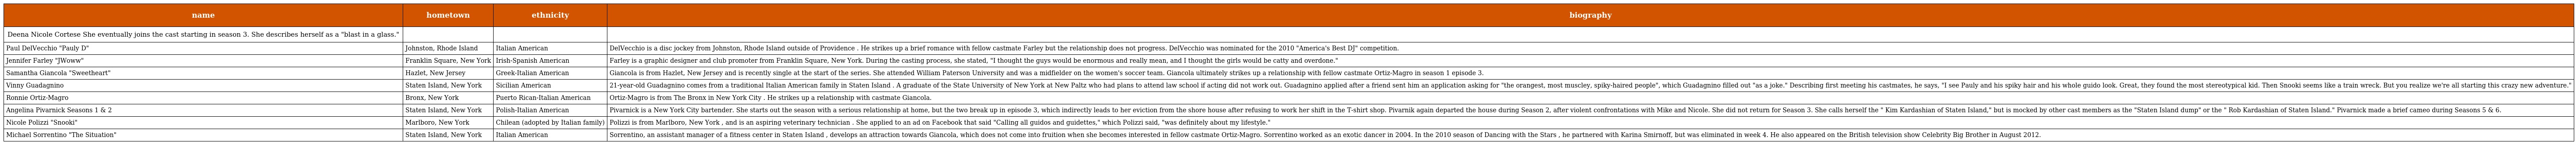
| name | hometown | ethnicity | biography |
 | --- | --- | --- | --- |
 | Deena Nicole Cortese She eventually joins the cast starting in season 3. She describes herself as a "blast in a glass." |  |  |  |
 | Paul DelVecchio "Pauly D" | Johnston, Rhode Island | Italian American | DelVecchio is a disc jockey from Johnston, Rhode Island outside of Providence . He strikes up a brief romance with fellow castmate Farley but the relationship does not progress. DelVecchio was nominated for the 2010 "America's Best DJ" competition. |
 | Jennifer Farley "JWoww" | Franklin Square, New York | Irish-Spanish American | Farley is a graphic designer and club promoter from Franklin Square, New York. During the casting process, she stated, "I thought the guys would be enormous and really mean, and I thought the girls would be catty and overdone." |
 | Samantha Giancola "Sweetheart" | Hazlet, New Jersey | Greek-Italian American | Giancola is from Hazlet, New Jersey and is recently single at the start of the series. She attended William Paterson University and was a midfielder on the women's soccer team. Giancola ultimately strikes up a relationship with fellow castmate Ortiz-Magro in season 1 episode 3. |
 | Vinny Guadagnino | Staten Island, New York | Sicilian American | 21-year-old Guadagnino comes from a traditional Italian American family in Staten Island . A graduate of the State University of New York at New Paltz who had plans to attend law school if acting did not work out. Guadagnino applied after a friend sent him an application asking for "the orangest, most muscley, spiky-haired people", which Guadagnino filled out "as a joke." Describing first meeting his castmates, he says, "I see Pauly and his spiky hair and his whole guido look. Great, they found the most stereotypical kid. Then Snooki seems like a train wreck. But you realize we're all starting this crazy new adventure." |
 | Ronnie Ortiz-Magro | Bronx, New York | Puerto Rican-Italian American | Ortiz-Magro is from The Bronx in New York City . He strikes up a relationship with castmate Giancola. |
 | Angelina Pivarnick Seasons 1 & 2 | Staten Island, New York | Polish-Italian American | Pivarnick is a New York City bartender. She starts out the season with a serious relationship at home, but the two break up in episode 3, which indirectly leads to her eviction from the shore house after refusing to work her shift in the T-shirt shop. Pivarnik again departed the house during Season 2, after violent confrontations with Mike and Nicole. She did not return for Season 3. She calls herself the " Kim Kardashian of Staten Island," but is mocked by other cast members as the "Staten Island dump" or the " Rob Kardashian of Staten Island." Pivarnick made a brief cameo during Seasons 5 & 6. |
 | Nicole Polizzi "Snooki" | Marlboro, New York | Chilean (adopted by Italian family) | Polizzi is from Marlboro, New York , and is an aspiring veterinary technician . She applied to an ad on Facebook that said "Calling all guidos and guidettes," which Polizzi said, "was definitely about my lifestyle." |
 | Michael Sorrentino "The Situation" | Staten Island, New York | Italian American | Sorrentino, an assistant manager of a fitness center in Staten Island , develops an attraction towards Giancola, which does not come into fruition when she becomes interested in fellow castmate Ortiz-Magro. Sorrentino worked as an exotic dancer in 2004. In the 2010 season of Dancing with the Stars , he partnered with Karina Smirnoff, but was eliminated in week 4. He also appeared on the British television show Celebrity Big Brother in August 2012. |